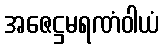
အဇေဋ္ဌမရဏံဝါယံ